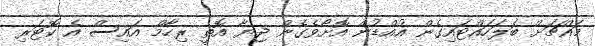
މައްޗަށް ބަލަހައްޓައިގެން އުއްޑުން އޮށޯވެގެން ޖިޔާ އޮތީ ރިހާމް އައިސް އެ ކޮޓަރި